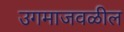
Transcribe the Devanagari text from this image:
उगमाजवळील